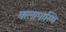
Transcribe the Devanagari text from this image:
कलापास्थि